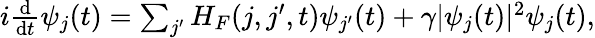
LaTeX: \begin{array}{r}{i\frac{\mathrm d}{\mathrm dt}\psi_{j}(t)=\sum_{j^{\prime}}H_{F}(j,j^{\prime},t)\psi_{j^{\prime}}(t)+\gamma|\psi_{j}(t)|^{2}\psi_{j}(t),}\end{array}